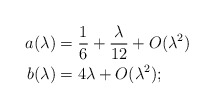
\begin{align*} a(\lambda) &= \frac{1}{6}+\frac{\lambda}{12}+O(\lambda^2)\\ b(\lambda) &= 4\lambda+O(\lambda^2); \end{align*}